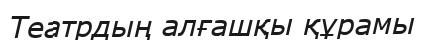
Театрдың алғашқы құрамы